Source: Handwritten
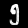
Digit: ၅ (5)